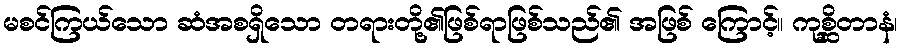
မစင်ကြယ်သော ဆံအစရှိသော တရားတို့၏ဖြစ်ရာဖြစ်သည်၏ အဖြစ် ကြောင့်။ ကုစ္ဆိတာနံ၊